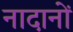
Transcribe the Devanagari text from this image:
नादानों